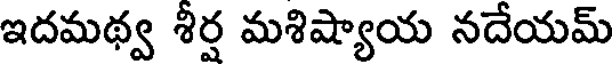
ఇదమథ్వ శీర్ష మశిష్యాయ నదేయమ్